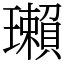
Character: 瓎